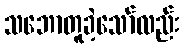
သဘောတူခဲ့သော်လည်း